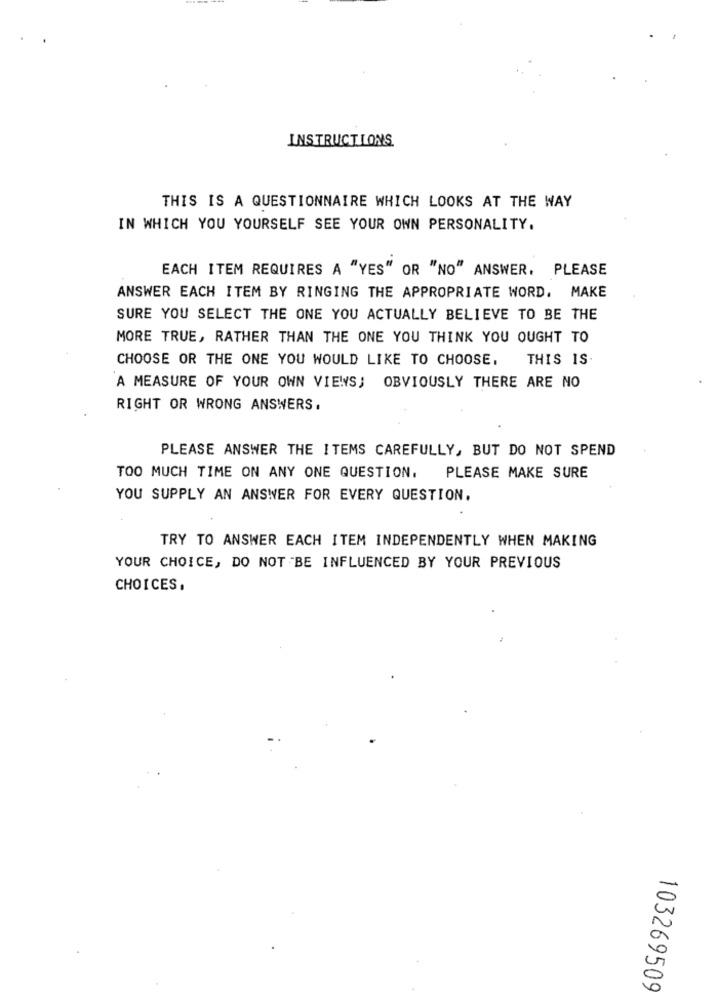
INSTRUCTIONS.
THIS IS A QUESTIONNAIRE WHICH LOOKS AT THE WAY
IN WHICH YOU YOURSELF SEE YOUR OWN PERSONALITY.
EACH ITEM REQUIRES A "YES" OR "NO" ANSWER. PLEASE
ANSWER EACH ITEM BY RINGING THE APPROPRIATE WORD. MAKE
SURE YOU SELECT THE ONE YOU ACTUALLY BELIEVE TO BE THE
MORE TRUE, RATHER THAN THE ONE YOU THINK YOU OUGHT TO
CHOOSE OR THE ONE YOU WOULD LIKE TO CHOOSE.
THIS IS.
A MEASURE OF YOUR OWN VIEWS; OBVIOUSLY THERE ARE NO
RIGHT OR WRONG ANSWERS.
PLEASE ANSWER THE ITEMS CAREFULLY, BUT DO NOT SPEND
TOO MUCH TIME ON ANY ONE QUESTION.
PLEASE MAKE SURE
YOU SUPPLY AN ANSWER FOR EVERY QUESTION.
TRY TO ANSWER EACH ITEM INDEPENDENTLY WHEN MAKING
YOUR CHOICE, DO NOT BE INFLUENCED BY YOUR PREVIOUS
CHOICES.
103269509